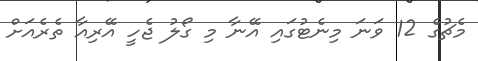
މެޗުގެ 12 ވަނަ މިނެޓުގައި އޭނާ މި ގޯލު ޖެހީ އޭރިއާ ތެރެއަށް